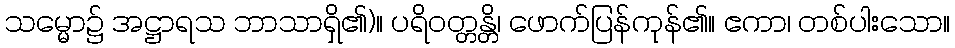
သမ္မော၌ အဋ္ဌာရသ ဘာသာရှိ၏)။ ပရိဝတ္တန္တိ၊ ဖောက်ပြန်ကုန်၏။ ဧကာ၊ တစ်ပါးသော။